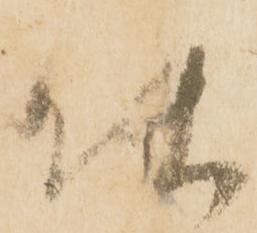
使